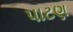
પાટણ